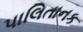
પાલિતાનક